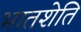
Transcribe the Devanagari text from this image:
भातशेति